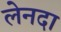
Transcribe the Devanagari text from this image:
लेनदा